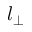
l _ { \bot }